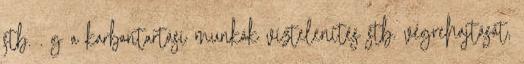
stb. . g a karbantartási munkák víztelenítés stb. végrehajtását,